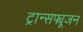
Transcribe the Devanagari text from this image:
ट्रान्सफ्यूजन